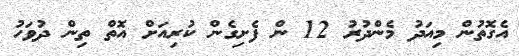
އެގޮތުން މިއަދު މެންދުރު 12 ން ފެށިގެން ކުރިއަށް އޮތް ތިން ދުވަހު